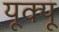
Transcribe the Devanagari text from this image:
यूक्यू